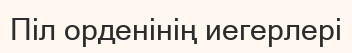
Піл орденінің иегерлері